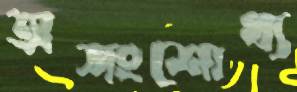
অসংশোধ্য